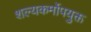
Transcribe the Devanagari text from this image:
शल्यकर्मोपयुक्त